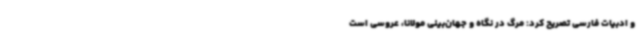
و ادبیات فارسی تصریح کرد: مرگ در نگاه و جهان‌بینی مولانا، عروسی است